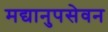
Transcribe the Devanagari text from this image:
मद्यानुपसेवन